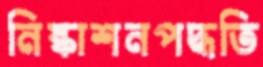
নিষ্কাশনপদ্ধতি